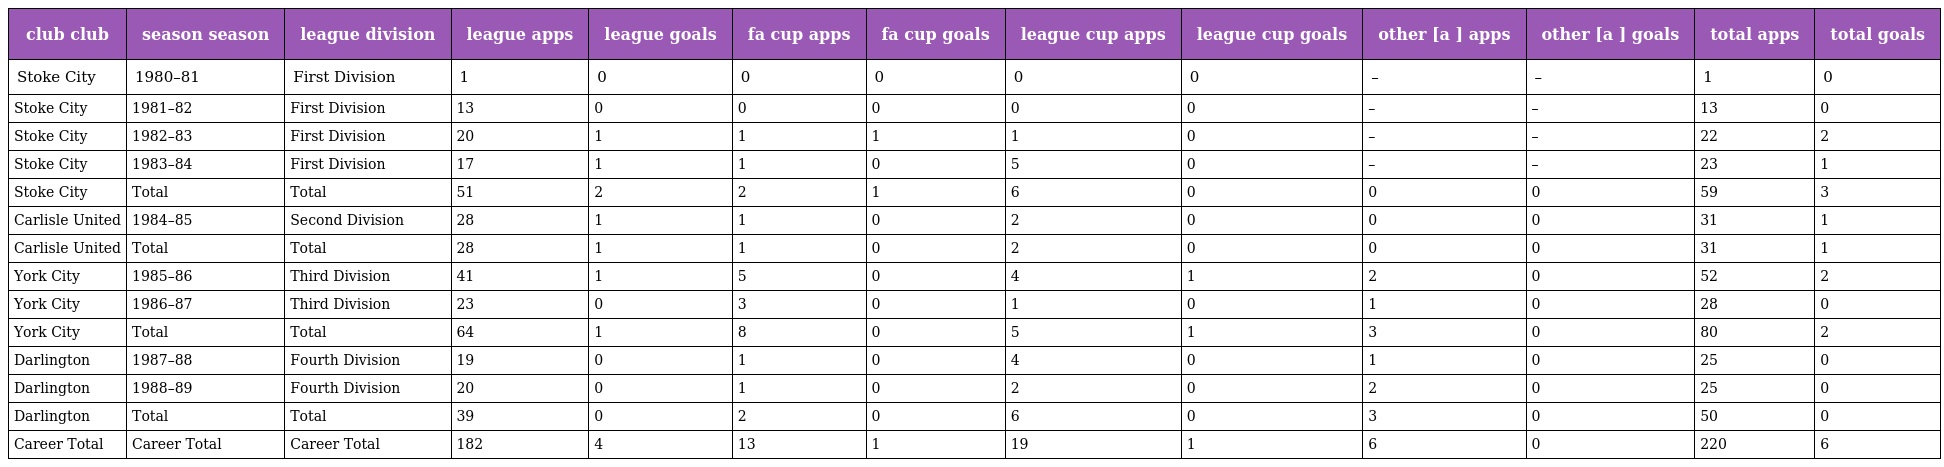
| club club | season season | league division | league apps | league goals | fa cup apps | fa cup goals | league cup apps | league cup goals | other [a ] apps | other [a ] goals | total apps | total goals |
 | --- | --- | --- | --- | --- | --- | --- | --- | --- | --- | --- | --- | --- |
 | Stoke City | 1980–81 | First Division | 1 | 0 | 0 | 0 | 0 | 0 | – | – | 1 | 0 |
 | Stoke City | 1981–82 | First Division | 13 | 0 | 0 | 0 | 0 | 0 | – | – | 13 | 0 |
 | Stoke City | 1982–83 | First Division | 20 | 1 | 1 | 1 | 1 | 0 | – | – | 22 | 2 |
 | Stoke City | 1983–84 | First Division | 17 | 1 | 1 | 0 | 5 | 0 | – | – | 23 | 1 |
 | Stoke City | Total | Total | 51 | 2 | 2 | 1 | 6 | 0 | 0 | 0 | 59 | 3 |
 | Carlisle United | 1984–85 | Second Division | 28 | 1 | 1 | 0 | 2 | 0 | 0 | 0 | 31 | 1 |
 | Carlisle United | Total | Total | 28 | 1 | 1 | 0 | 2 | 0 | 0 | 0 | 31 | 1 |
 | York City | 1985–86 | Third Division | 41 | 1 | 5 | 0 | 4 | 1 | 2 | 0 | 52 | 2 |
 | York City | 1986–87 | Third Division | 23 | 0 | 3 | 0 | 1 | 0 | 1 | 0 | 28 | 0 |
 | York City | Total | Total | 64 | 1 | 8 | 0 | 5 | 1 | 3 | 0 | 80 | 2 |
 | Darlington | 1987–88 | Fourth Division | 19 | 0 | 1 | 0 | 4 | 0 | 1 | 0 | 25 | 0 |
 | Darlington | 1988–89 | Fourth Division | 20 | 0 | 1 | 0 | 2 | 0 | 2 | 0 | 25 | 0 |
 | Darlington | Total | Total | 39 | 0 | 2 | 0 | 6 | 0 | 3 | 0 | 50 | 0 |
 | Career Total | Career Total | Career Total | 182 | 4 | 13 | 1 | 19 | 1 | 6 | 0 | 220 | 6 |